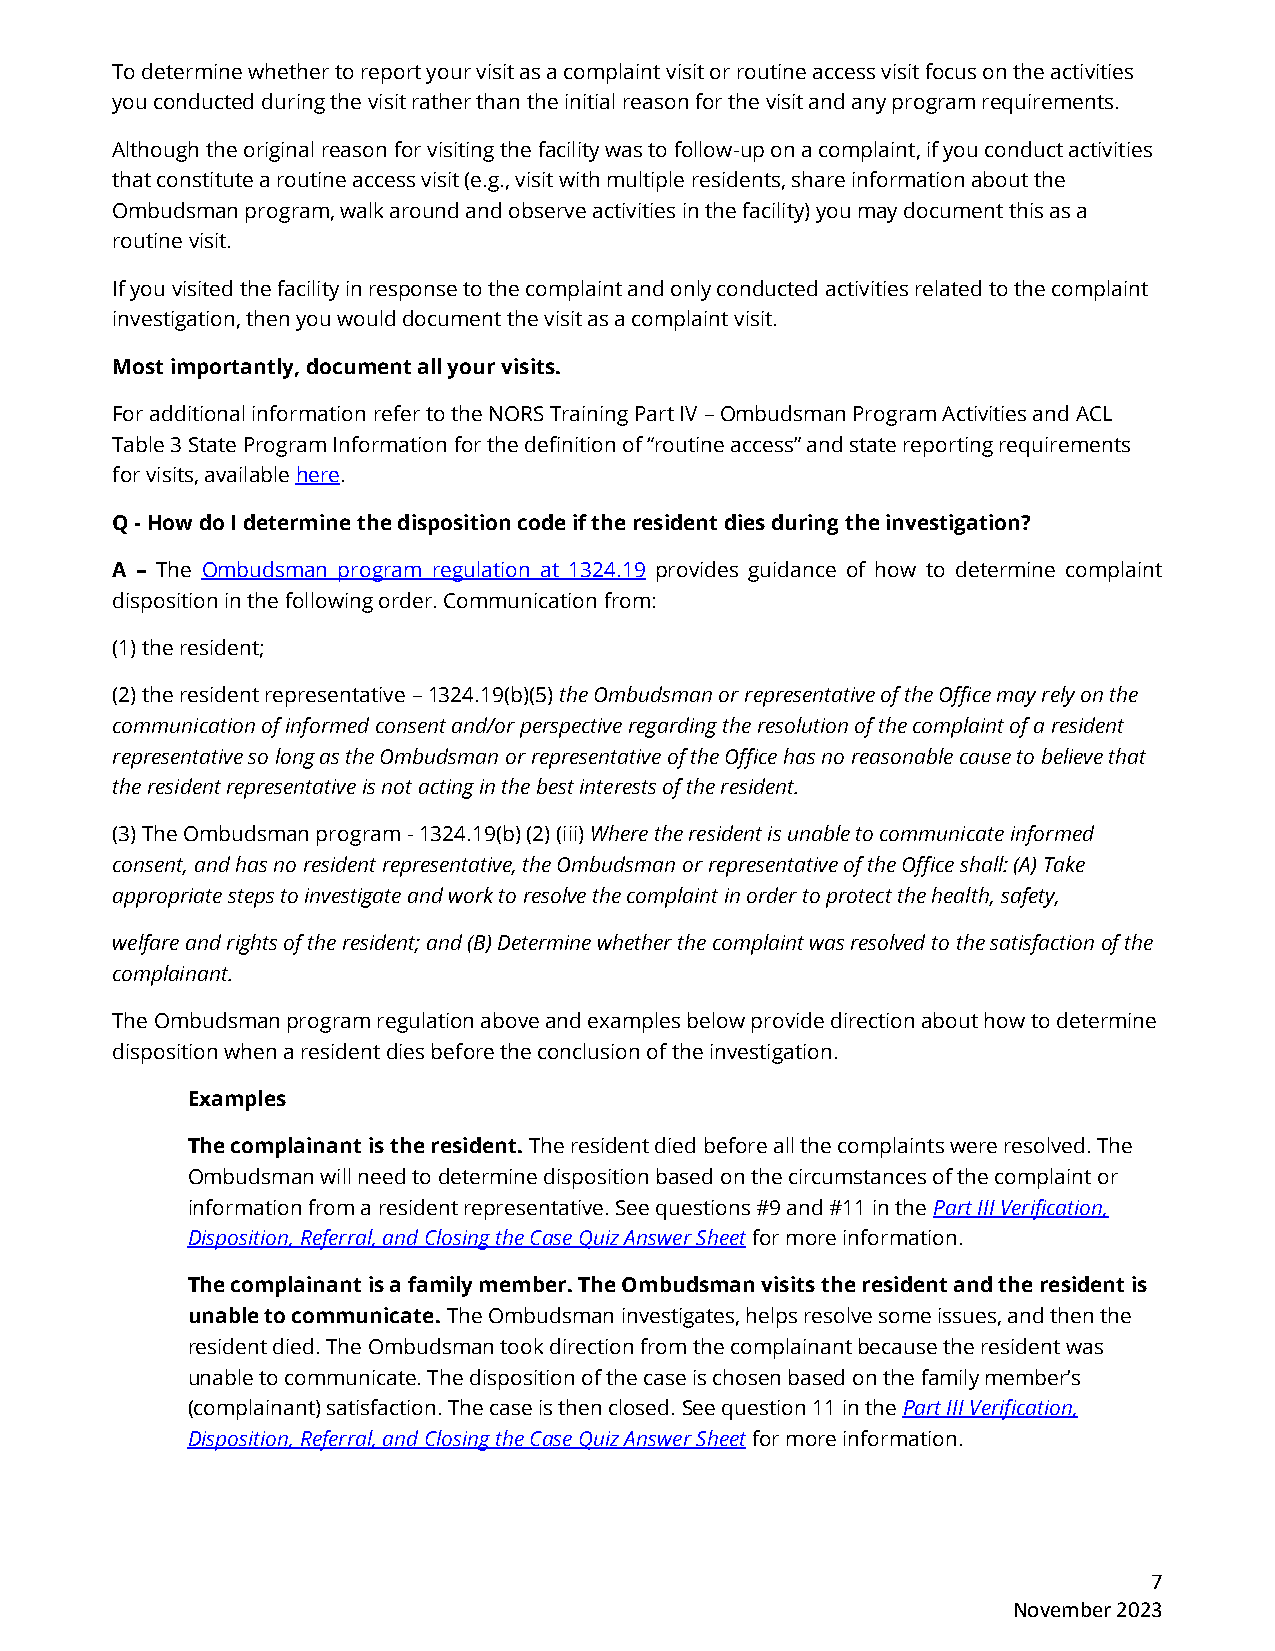
To determine whether to report your visit as a complaint visit or routine access visit focus on the activities
 you conducted during the visit rather than the initial reason for the visit and any program requirements.
 Although the original reason for visiting the facility was to follow-up on a complaint, if you conduct activities
 that constitute a routine access visit (e.g., visit with multiple residents, share information about the
 Ombudsman program, walk around and observe activities in the facility) you may document this as a
 routine visit.
 If you visited the facility in response to the complaint and only conducted activities related to the complaint
 investigation, then you would document the visit as a complaint visit.
 Most importantly, document all your visits.
 For additional information refer to the NORS Training Part IV – Ombudsman Program Activities and ACL
 Table 3 State Program Information for the definition of “routine access” and state reporting requirements
 for visits, available here.
 Q - How do I determine the disposition code if the resident dies during the investigation?
 A – The Ombudsman program regulation at 1324.19 provides guidance of how to determine complaint
 disposition in the following order. Communication from:
 (1) the resident;
 (2) the resident representative – 1324.19(b)(5) the Ombudsman or representative of the Office may rely on the
 communication of informed consent and/or perspective regarding the resolution of the complaint of a resident
 representative so long as the Ombudsman or representative of the Office has no reasonable cause to believe that
 the resident representative is not acting in the best interests of the resident.
 (3) The Ombudsman program - 1324.19(b) (2) (iii) Where the resident is unable to communicate informed
 consent, and has no resident representative, the Ombudsman or representative of the Office shall: (A) Take
 appropriate steps to investigate and work to resolve the complaint in order to protect the health, safety,
 welfare and rights of the resident; and (B) Determine whether the complaint was resolved to the satisfaction of the
 complainant.
 The Ombudsman program regulation above and examples below provide direction about how to determine
 disposition when a resident dies before the conclusion of the investigation.
 Examples
 The complainant is the resident. The resident died before all the complaints were resolved. The
 Ombudsman will need to determine disposition based on the circumstances of the complaint or
 information from a resident representative. See questions #9 and #11 in the Part III Verification,
 Disposition, Referral, and Closing the Case Quiz Answer Sheet for more information.
 The complainant is a family member. The Ombudsman visits the resident and the resident is
 unable to communicate. The Ombudsman investigates, helps resolve some issues, and then the
 resident died. The Ombudsman took direction from the complainant because the resident was
 unable to communicate. The disposition of the case is chosen based on the family member’s
 (complainant) satisfaction. The case is then closed. See question 11 in the Part III Verification,
 Disposition, Referral, and Closing the Case Quiz Answer Sheet for more information.
 7
 November 2023